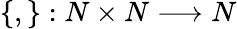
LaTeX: \left\{ ,\right\} :N\times N\longrightarrow N